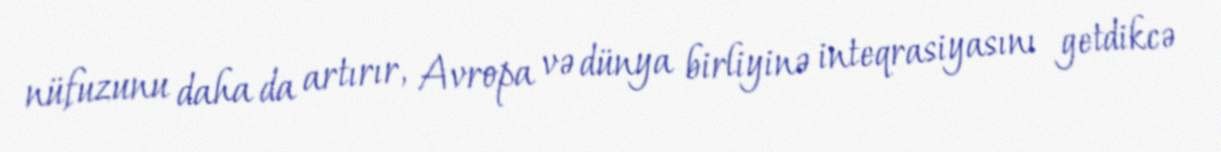
nüfuzunu daha da artırır, Avropa və dünya birliyinə inteqrasiyasını getdikcə